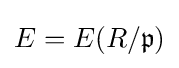
E=E(R/{\mathfrak {p}})